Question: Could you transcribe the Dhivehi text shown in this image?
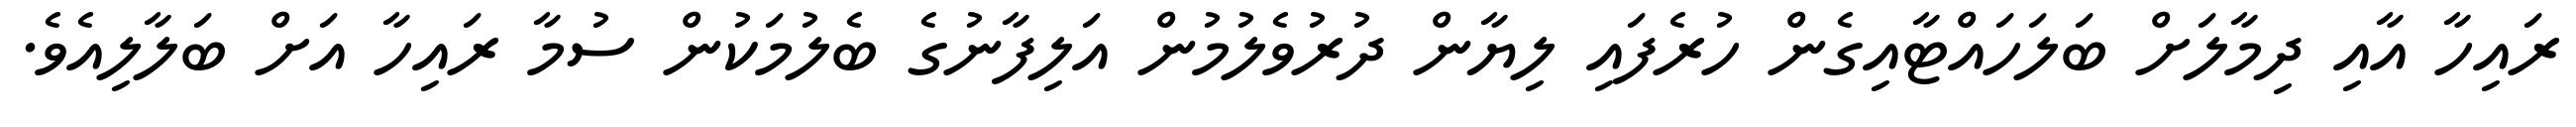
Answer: ރައިހާ އާއި ދިމާލަށް ބަލަހައްޓާއިގެން ހުރެފައި ލިޔާން ދުރުވެލުމުން އަލިފާނުގެ ބެލުމަކުން ސުމާ ރައިހާ އަށް ބަލާލިއެވެ.